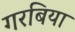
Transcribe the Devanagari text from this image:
गरबिया